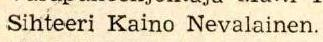
 Sihteeri Kaino Nevalainen.